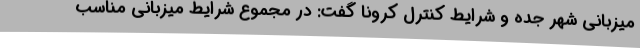
میزبانی شهر جده و شرایط کنترل کرونا گفت: در مجموع شرایط میزبانی مناسب